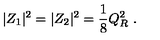
| Z _ { 1 } | ^ { 2 } = | Z _ { 2 } | ^ { 2 } = { \frac { 1 } { 8 } } Q _ { R } ^ { 2 } \ .